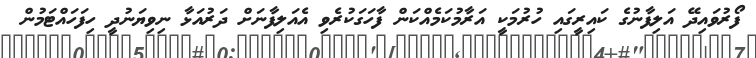
ފޯރުވައިދޭ އަލިފާނުގެ ކައިރީގައި ހުރުމަކީ އަރާމުކަމެއްކަން ފާހަގަކުރެވި އެއަލިފާނަށް ދަރުއަޅާ ނިވިޔަނުދީ ހިފަހައްޓަމުން